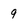
Character: 9